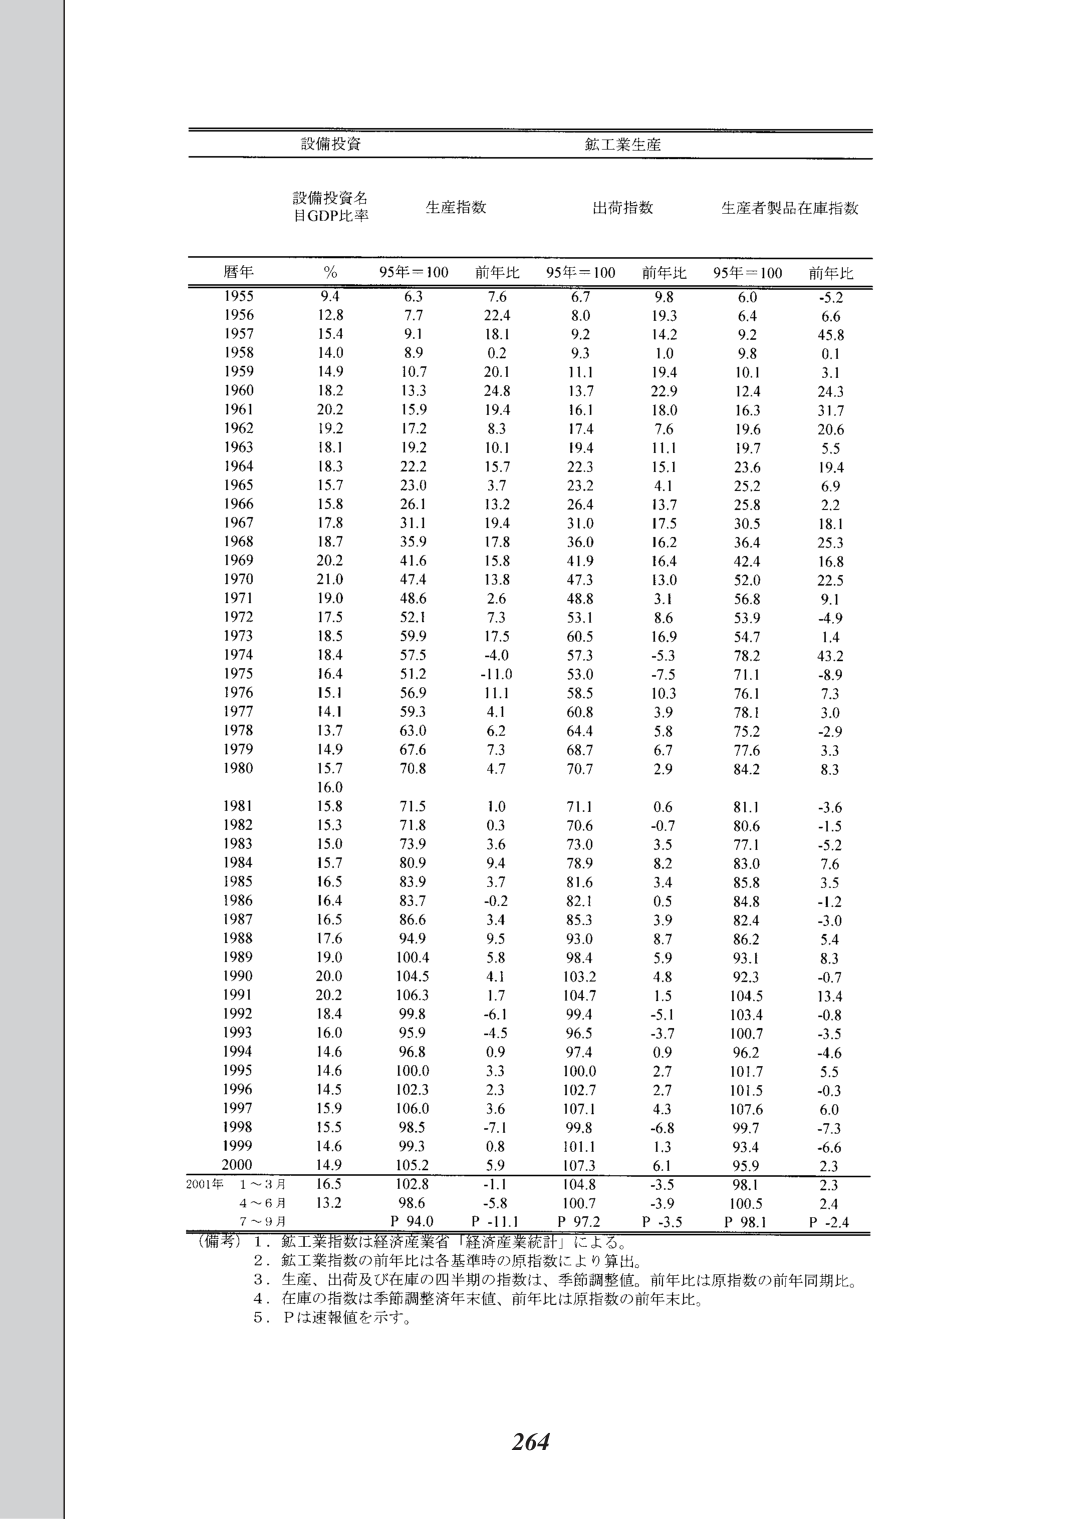
設備投資　　　　　　　　　　　　　鉱工業生産

設備投資名
目GDP比率　　　　　生産指数　　　　　出荷指数　　　　　生産者製品在庫指数

暦年　　%　　95年＝100　　前年比　　95年＝100　　前年比　　95年＝100　　前年比

1955　　9.4　　6.3　　　7.6　　　6.7　　　9.8　　　6.0　　　-5.2
1956　　12.8　　7.7　　　22.4　　　8.0　　　19.3　　　6.4　　　6.6
1957　　15.4　　9.1　　　18.1　　　9.2　　　14.2　　　9.2　　　45.8
1958　　14.0　　8.9　　　0.2　　　9.3　　　1.0　　　9.8　　　0.1
1959　　14.9　　10.7　　　20.1　　　11.1　　　19.4　　　10.1　　　3.1
1960　　18.2　　13.3　　　24.8　　　13.7　　　22.9　　　12.4　　　24.3
1961　　20.2　　15.9　　　19.4　　　16.1　　　18.0　　　16.3　　　31.7
1962　　19.2　　17.2　　　8.3　　　17.4　　　7.6　　　19.6　　　20.6
1963　　18.1　　19.2　　　10.1　　　19.4　　　11.1　　　19.7　　　5.5
1964　　18.3　　22.2　　　15.7　　　22.3　　　15.1　　　23.6　　　19.4
1965　　15.7　　23.0　　　3.7　　　23.2　　　4.1　　　25.2　　　6.9
1966　　15.8　　26.1　　　13.2　　　26.4　　　13.7　　　25.8　　　2.2
1967　　17.8　　31.1　　　19.4　　　31.0　　　17.5　　　30.5　　　18.1
1968　　18.7　　35.9　　　17.8　　　36.0　　　16.2　　　36.4　　　25.3
1969　　20.2　　41.6　　　15.8　　　41.9　　　16.4　　　42.4　　　16.8
1970　　21.0　　47.4　　　13.8　　　47.3　　　13.0　　　52.0　　　22.5
1971　　19.0　　48.6　　　2.6　　　48.8　　　3.1　　　56.8　　　9.1
1972　　17.5　　52.1　　　7.3　　　53.1　　　8.6　　　53.9　　　-4.9
1973　　18.5　　59.9　　　17.5　　　60.5　　　16.9　　　54.7　　　1.4
1974　　18.4　　57.5　　　-4.0　　　57.3　　　-5.3　　　78.2　　　43.2
1975　　16.4　　51.2　　　-11.0　　　53.0　　　-7.5　　　71.1　　　-8.9
1976　　15.1　　56.9　　　11.1　　　58.5　　　10.3　　　76.1　　　7.3
1977　　14.1　　59.3　　　4.1　　　60.8　　　3.9　　　78.1　　　3.0
1978　　13.7　　63.0　　　6.2　　　64.4　　　5.8　　　75.2　　　-2.9
1979　　14.9　　67.6　　　7.3　　　68.7　　　6.7　　　77.6　　　3.3
1980　　15.7　　70.8　　　4.7　　　70.7　　　2.9　　　84.2　　　8.3
　　　　16.0
1981　　15.8　　71.5　　　1.0　　　71.1　　　0.6　　　81.1　　　-3.6
1982　　15.3　　71.8　　　0.3　　　70.6　　　-0.7　　　80.6　　　-1.5
1983　　15.0　　73.9　　　3.6　　　73.0　　　3.5　　　77.1　　　-5.2
1984　　15.7　　80.9　　　9.4　　　78.9　　　8.2　　　83.0　　　7.6
1985　　16.5　　83.9　　　3.7　　　81.6　　　3.4　　　85.8　　　3.5
1986　　16.4　　83.7　　　-0.2　　　82.1　　　0.5　　　84.8　　　-1.2
1987　　16.5　　86.6　　　3.4　　　85.3　　　3.9　　　82.4　　　-3.0
1988　　17.6　　94.9　　　9.5　　　93.0　　　8.7　　　86.2　　　5.4
1989　　19.0　　100.4　　　5.8　　　98.4　　　5.9　　　93.1　　　8.3
1990　　20.0　　104.5　　　4.1　　　103.2　　　4.8　　　92.3　　　-0.7
1991　　20.2　　106.3　　　1.7　　　104.7　　　1.5　　　104.5　　　13.4
1992　　18.4　　99.8　　　-6.1　　　99.4　　　-5.1　　　103.4　　　-0.8
1993　　16.0　　95.9　　　-4.5　　　96.5　　　-3.7　　　100.7　　　-3.5
1994　　14.6　　96.8　　　0.9　　　97.4　　　0.9　　　96.2　　　-4.6
1995　　14.6　　100.0　　　3.3　　　100.0　　　2.7　　　101.7　　　5.5
1996　　14.5　　102.3　　　2.3　　　102.7　　　2.7　　　101.5　　　-0.3
1997　　15.9　　106.0　　　3.6　　　107.1　　　4.3　　　107.6　　　6.0
1998　　15.5　　98.5　　　-7.1　　　99.8　　　-6.8　　　99.7　　　-7.3
1999　　14.6　　99.3　　　0.8　　　101.1　　　1.3　　　93.4　　　-6.6
2000　　14.9　　105.2　　　5.9　　　107.3　　　6.1　　　95.9　　　2.3
2001年　1～3月　16.5　　102.8　　　-1.1　　　104.8　　　-3.5　　　98.1　　　2.3
　　　　4～6月　13.2　　98.6　　　-5.8　　　100.7　　　-3.9　　　100.5　　　2.4
　　　　7～9月　　P 94.0　　P -11.1　　　P 97.2　　　P -3.5　　　P 98.1　　　P -2.4

（備考）1．鉱工業指数は経済産業省「経済産業統計」による。
　　　　2．鉱工業指数の前年比は各基準時の原指数により算出。
　　　　3．生産、出荷及び在庫の四半期の指数は、季節調整値。前年比は原指数の前年同期比。
　　　　4．在庫の指数は季節調整済年末値、前年比は原指数の前年未比。
　　　　5．Pは速報値を示す。

264